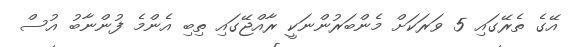
އޭގެ ތެރޭގައި 5 ވަރަކަށް މެންބަރުންނަކީ ރާއްޖޭގައި ތިބި އެންމެ ފުންނާބު އުސް